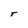
Character: T